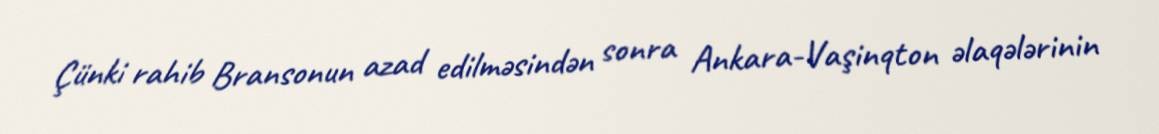
Çünki rahib Bransonun azad edilməsindən sonra Ankara-Vaşinqton əlaqələrinin